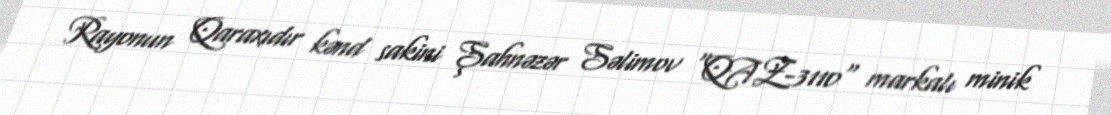
Rayonun Qaraxıdır kənd sakini Şahnəzər Səlimov "QAZ-3110" markalı minik